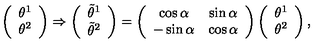
\left( \begin{array} { c } { \theta ^ { 1 } } \\ { \theta ^ { 2 } } \\ \end{array} \right) \Rightarrow \left( \begin{array} { c } { \tilde { \theta } ^ { 1 } } \\ { \tilde { \theta } ^ { 2 } } \\ \end{array} \right) = \left( \begin{array} { c c } { \cos \alpha } & { \sin \alpha } \\ { - \sin \alpha } & { \cos \alpha } \\ \end{array} \right) \left( \begin{array} { c } { \theta ^ { 1 } } \\ { \theta ^ { 2 } } \\ \end{array} \right) ,